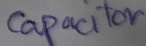
Text: Capacitor